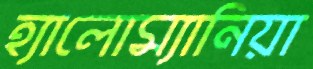
হ্যালোম্যানিয়া